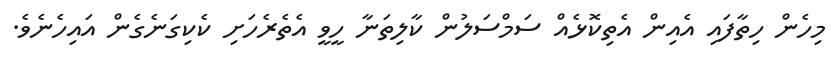
މިހެން ހިތާފައި އެއިން އެތިކޮޅެއް ސަމްސަލުން ކާލިތަނާ ހީވީ އެތެރެހަށި ކެކިގަނެގެން އައިހެނެވެ.